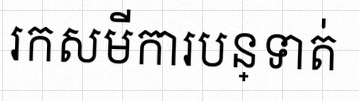
រកសមីការបន្ទាត់